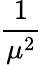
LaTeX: \displaystyle\frac{1}{\mu^{2}}